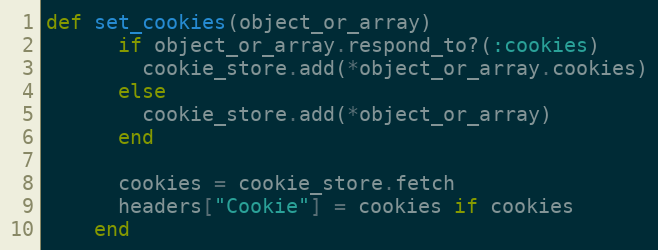
Language: Ruby
def set_cookies(object_or_array)
      if object_or_array.respond_to?(:cookies)
        cookie_store.add(*object_or_array.cookies)
      else
        cookie_store.add(*object_or_array)
      end

      cookies = cookie_store.fetch
      headers["Cookie"] = cookies if cookies
    end